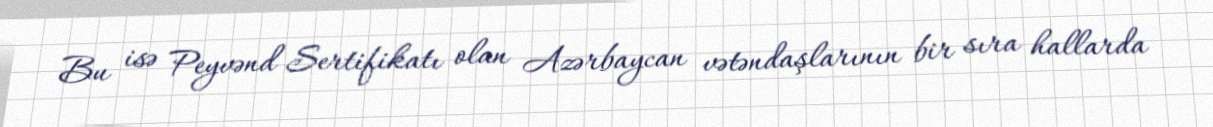
Bu isə Peyvənd Sertifikatı olan Azərbaycan vətəndaşlarının bir sıra hallarda